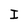
Character: I